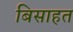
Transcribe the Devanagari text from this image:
बिसाहत